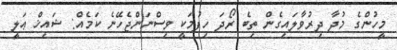
މީހުންގެ މުދާ ދިރުވާލައިގެން ތިބެ ރޯދަ ހިފުމަކީ ވިސްނަންޖެހޭނެ ކަމެއް: ޝައިޚް ޢަލީ